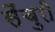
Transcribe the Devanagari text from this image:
सैंचुरी